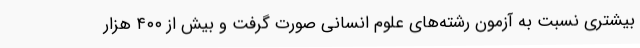
بیشتری نسبت به آزمون رشته‌های علوم انسانی صورت گرفت و بیش از ۴۰۰ هزار